Bréfritari: Sigríður Pálsdóttir
Viðtakandi: Páll Pálsson
Dagsetning: A-1870-06-25
Skrifað á: Breiðabólsstað  Rang.
Páll var bróðir Sigríðar

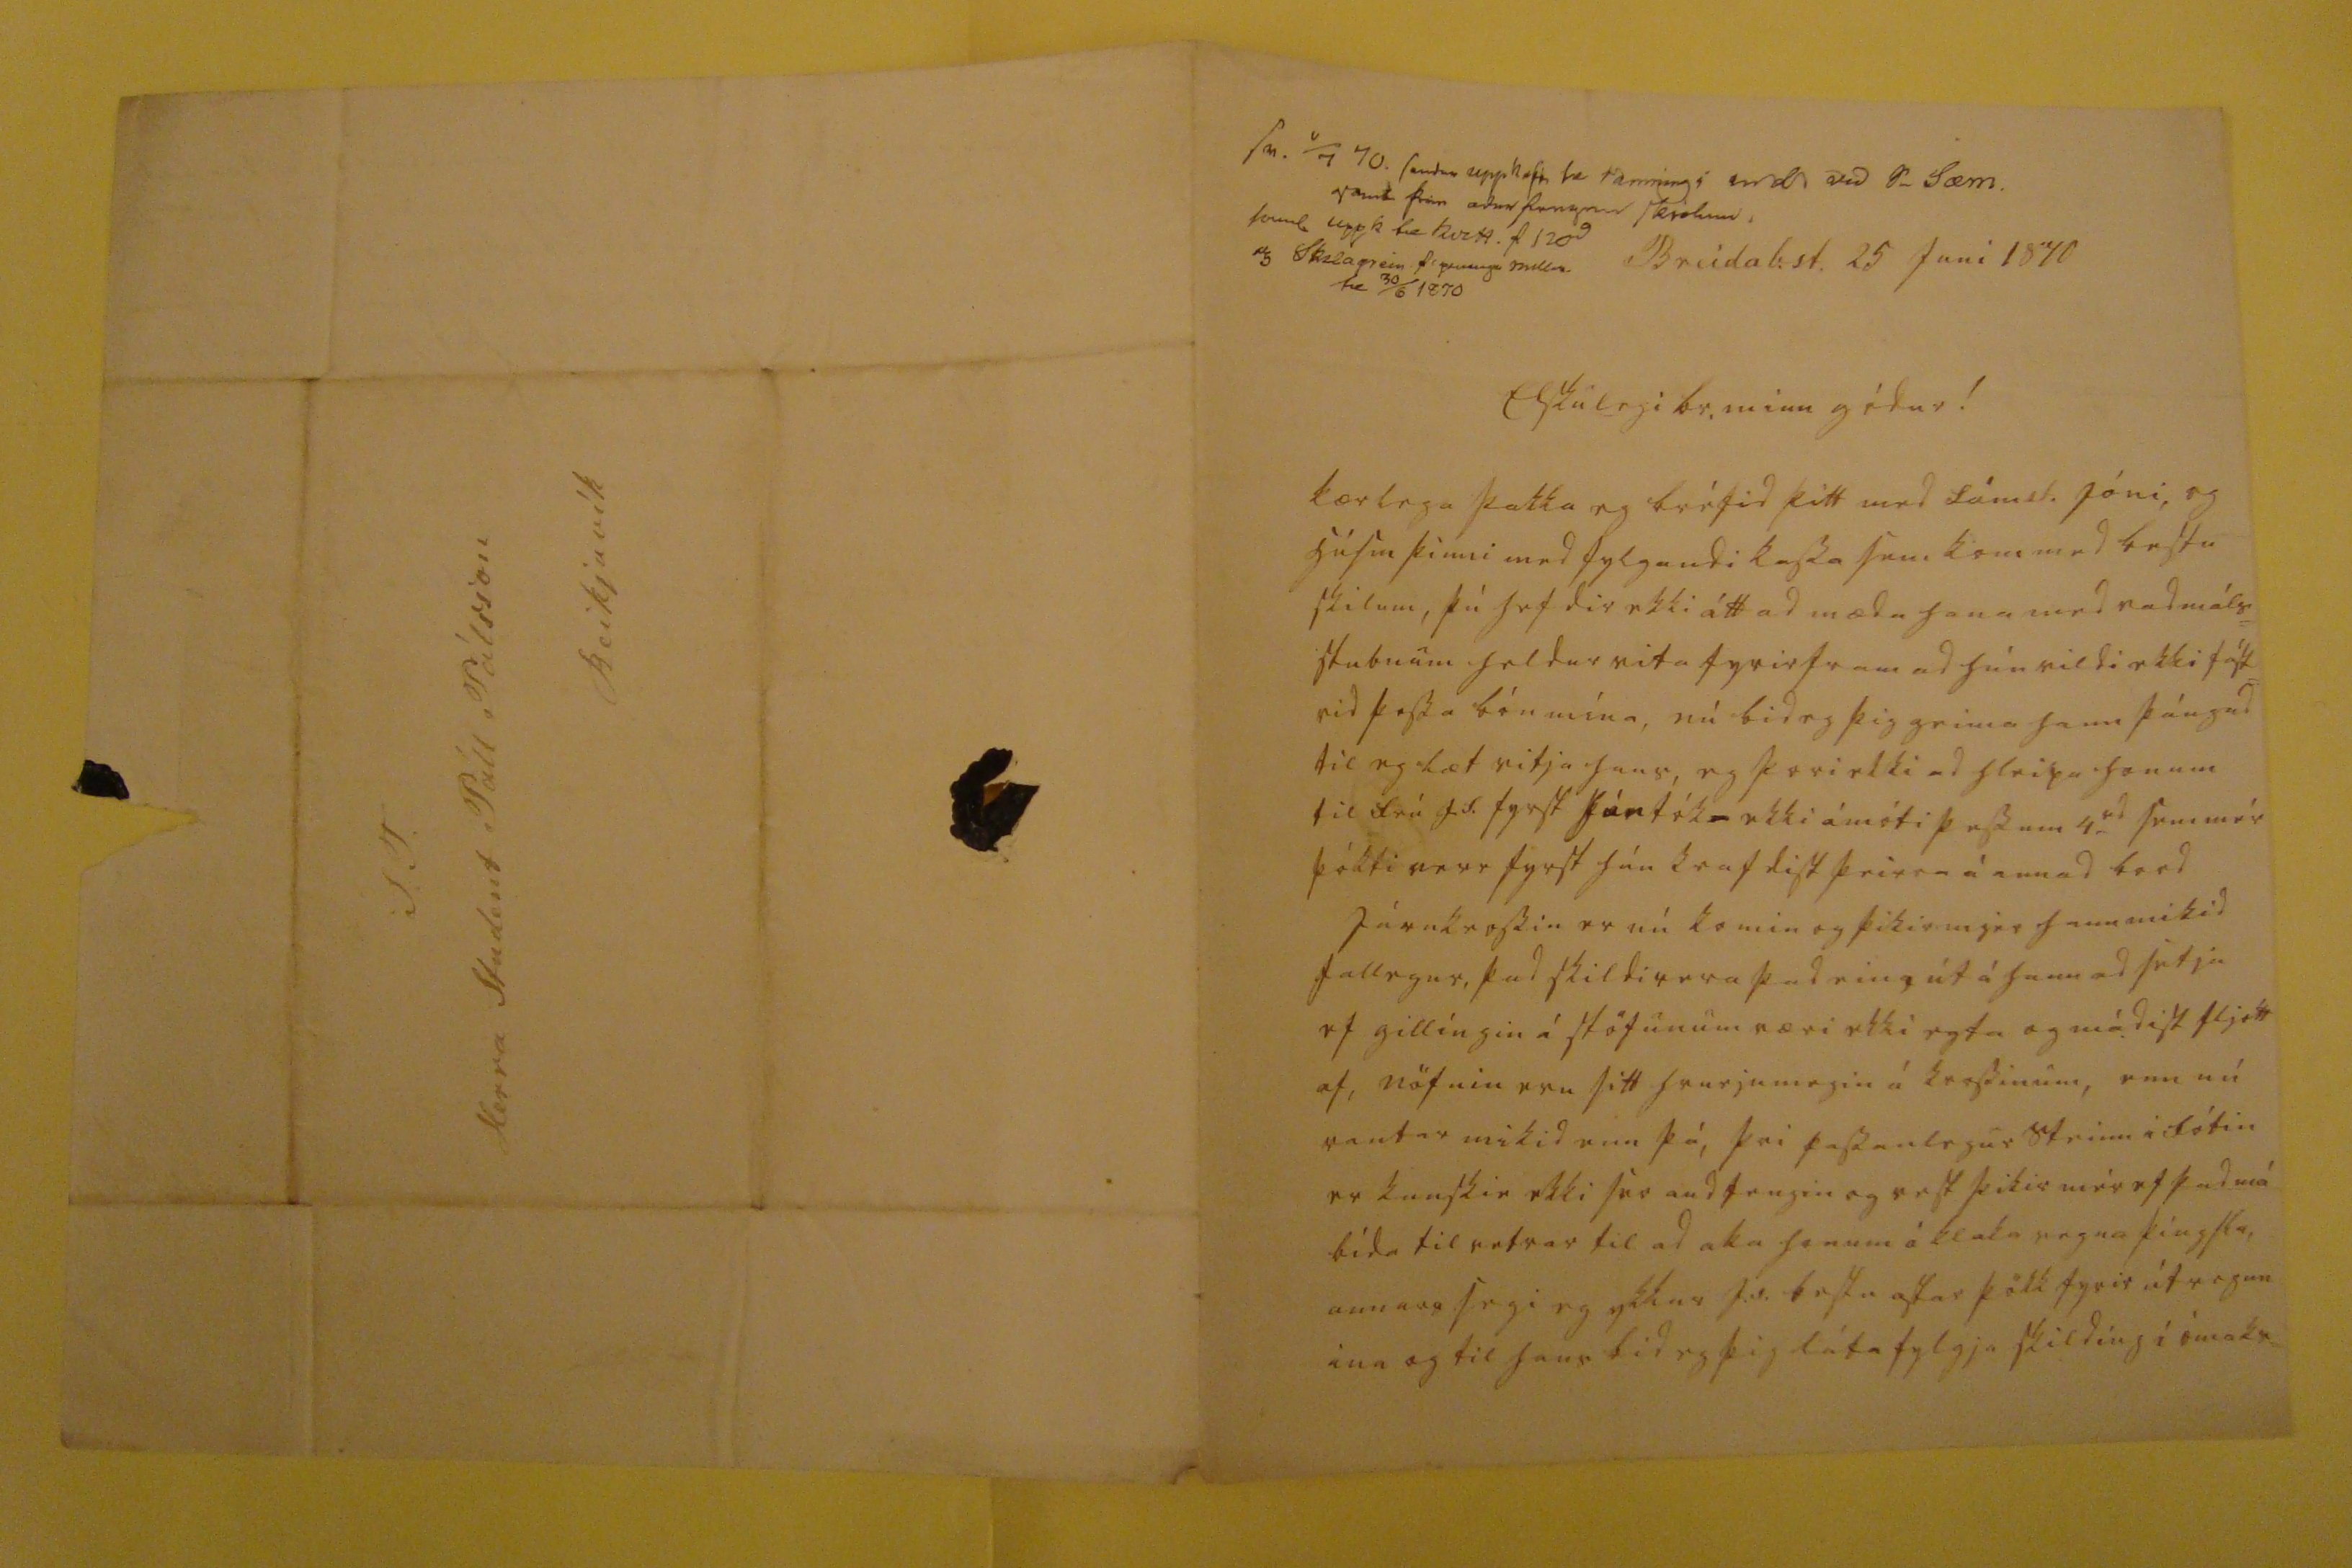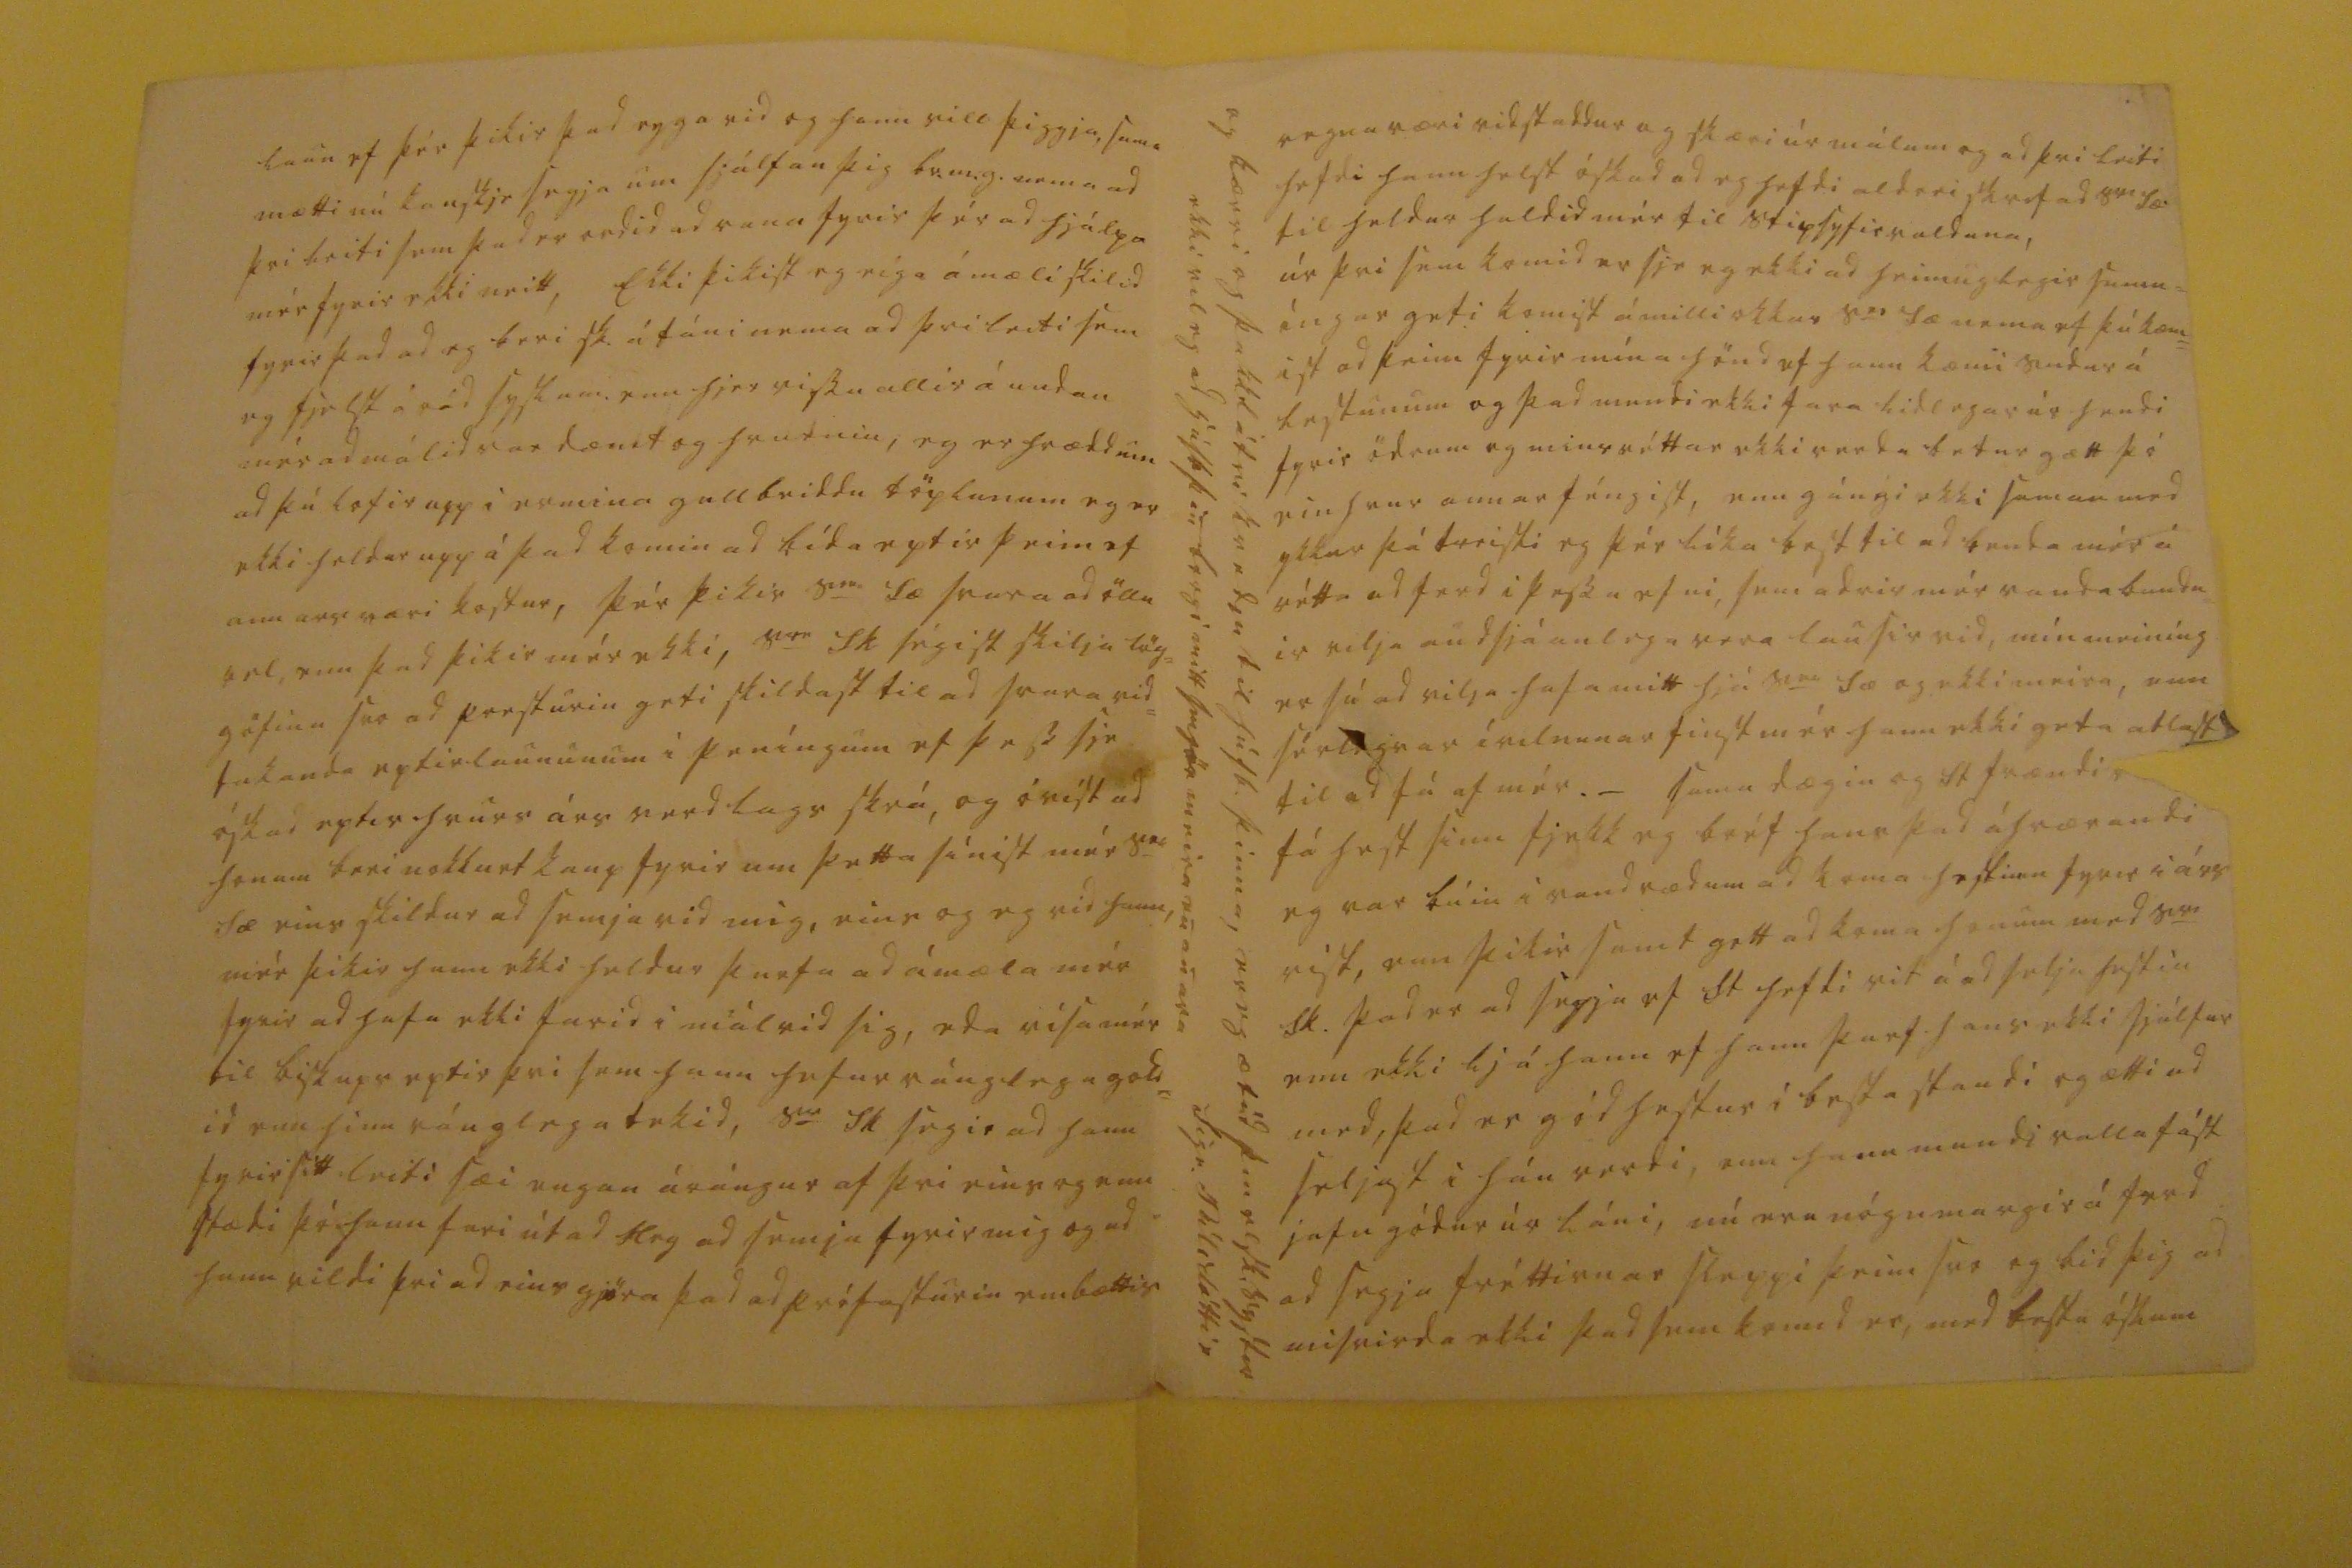

sv. v/7 70. sendur uppkast fr 0ammi00 sendt vid S_ Sæm. vant þier adrar fengnar sk0dum. 0annl uppk til kvitt f 120 00 skilagrein f. p000g0 milli til 30/6 1870
Breidab.st. 25 Juni 1870
Elskulegi br. minn gódur!
kærlega þakka eg bréfid þitt med Lámst. Jóni, og húsm þinni medfylgandi kassa sem kom med bestu skilum, þú hefdir ekki átt ad mæda hana med vadmáls= stubnum heldur vita fyrirfram ad hún vildi ekki fást= vid þessa bón mína, nú bid eg þig geima hann þángad til eg læt vitja hans, eg þori ekki ad hleipa honum til frú J.S. fyrst hún fók ekki á móti þessum 4
rd
sem mér þókti verr fyrst hún krafdist þeirra á annad bord Járnkrossin er nú komin og þikir mjer hann mikid fallegur, þad skildi vera þad eina út á hann ad setja ef gillíngin á stöfunum væri ekki egta og mádist fljótt af, nöfnin eru sitt hvurjumegin á krossinum, enn nú vantar mikid enn þá, þvi passanlegur steinn i fótin er kanskie ekki svo audfengin og vest þikir mér ef þad má bída til vetrar til ad aka honum á klaka vegna þíngsla, annars segi eg ykkur J.v. bestu astar þökk fyrir útvegun ina og til hans bid eg þig láta fylgja skildíng i ómaks=
laun ef þér þikir þad eyga vid og hann vill þiggja, sama mætti nú kanskje segja um sjálfan þig br.m.g. nema ad þvi leiti sem þad er ordid ad vana fyrir þér ad hjálpa mér fyrir ekki neitt, Ekki þikist eg eíga ámæli skilid fyrir þad ad eg beri sk. á táni nema ad þvi leiti sem eg fjelst á rád syslum. enn hjer vissu allir á undan mér ad málid var dæmt og hvurnin, eg er hrædd um ad þú lofir upp i ermina gullbeiddu töplunum eg er ekki heldur upp á þad komin ad bída eptir þeim ef annars væri kostur, þér þikir S
er
Sæ svara ad öllu vel, enn þad þikir mér ekki, S
er
Sk ségist skilja lög= göfina svo ad presturin geti skildast til ad svara vid= takanda eptir laununum i peníngum ef þess sje óskad eptir hvurs árs verdlags skrá, og óvist ad honum beri nokkurt kaup fyrir um þetta sínist mér S
er
Sæ eins skildur ad semja vid mig, eins og eg vid hann, mér þikir hann ekki heldur þurfa ad ámæla mér fyrir ad hafa ekki farid i mál vid sig, eda vísa mér til biskups eptir þvi sem hann hefur ránglega gold= id enn hinn ránglega tekid, S
er
Sk segir ad hann fyrir sitt leiti sæi engan árángur af þvi eins og enn stædi þó hann fari út ad Hrg ad semja fyrir mig og ad hann vildi þvi adeins gjöra þad ad prófasturin embættis
vegna væri vidstaddur og skæri úr málum og ad þvi leiti hefdi hann helst óskad ad eg hefdi aldrei skrifad Ser Sæ til heldur haldid mér til stipsyfirvaldana, úr þvi sem komid er sje eg ekki ad
heimug
legir samn= íngar geti komist á milli okkar S
er
Sæ nema ef þú kæm= ist ad þeim fyrir mína hönd ef hann kæmi sudur á lestunum og þad mundi ekki fara lidlegar úr hendi fyrir ödrum og mins réttar ekki verda betur gætt þó einhvur annar féngist, enn gángi ekki saman med ykkur þá treisti eg þér líka best til ad benda mér á rétta adferd i þessu efni, sem adrir mér vanda bundn= ir vilja audsjáanlega vera lausir vid, mín meiníng er sú ad vilja hafa mitt hjá S
er
Sæ og ekki meira, enn sérlegrar ívilnunar finst mér hann ekki geta atlast til ad fá af mér. _ sama dægin og St frændi
0
fá hest þinn fjekk eg bréf hans þad áhrærandi eg var búin i vandrædum ad koma hestinn fyrir i árs vist, enn þikir samt gott ad koma honum med S
r0
Sk. þad er ad segja ef St hefdi vit á ad selja hestin enn ekki ljá hann ef hann þarf hans ekki sjálfur med, þad er gód hestur i besta standi og ætti ad teljast i háu verdi, enn hann mundi valla fást jafn gódur úr láni, nú eru nógu margir á ferd ad segja fréttirnar sleppi þeim svo og bid þig ad misvirda ekki þad sem komid er, med bestu óskum
og kærri og þakklátri kvedju til húsb. þinna, ekki vil eg ad húsb þin borgi mitt smjör meira en anara
er eg ætíd þin elsk. systir Sigr. Pálsdóttir
S.T. Herra Student Páll Pálsson Reikjavík